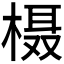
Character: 𪳍